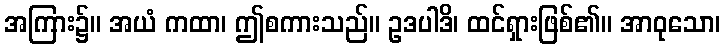
အကြား၌။ အယံ ကထာ၊ ဤစကားသည်။ ဥဒပါဒိ၊ ထင်ရှားဖြစ်၏။ အာဝုသော၊